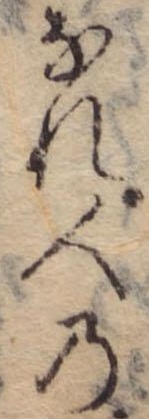
なれ人の